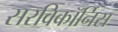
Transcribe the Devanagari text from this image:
सरविकॉर्निस